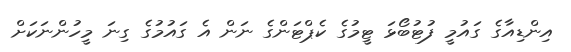
އިންޑިއާގެ ގައުމީ ފުޓުބޯޅަ ޓީމުގެ ކެޕްޓަންގެ ނަން އެ ގައުމުގެ ގިނަ މީހުންނަކަށް